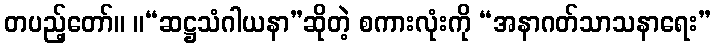
တပည့်တော်။ ။“ဆဋ္ဌသံဂါယနာ”ဆိုတဲ့ စကားလုံးကို “အနာဂတ်သာသနာရေး”